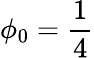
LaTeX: \phi_{0}=\frac 14